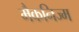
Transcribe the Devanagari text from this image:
मैकनिज्म